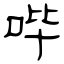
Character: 哔